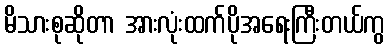
မိသားစုဆိုတာ အားလုံးထက်ပိုအရေးကြီးတယ်ကွ